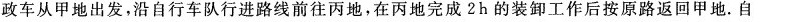
政车从甲地出发，沿自行车队行进路线前往丙地，在丙地完成2h的装卸工作后按原路返回甲地。自